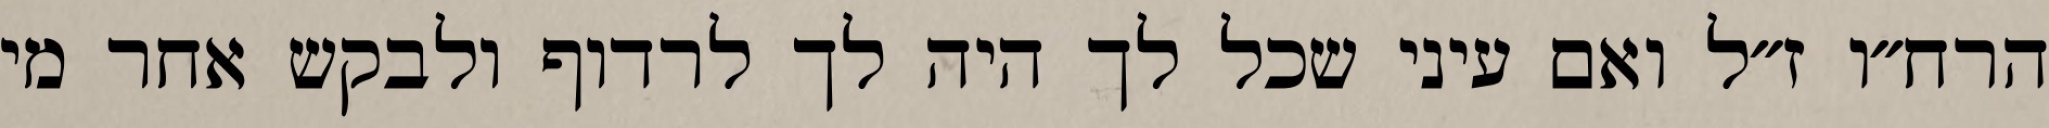
הרח״ו ז״ל ואם עיני שכל לך היה לך לרדוף ולבקש אחר מי